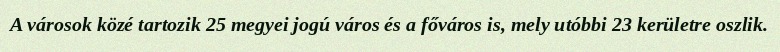
A városok közé tartozik 25 megyei jogú város és a főváros is, mely utóbbi 23 kerületre oszlik.